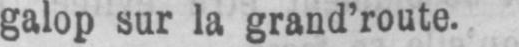
galop sur la grand’route.